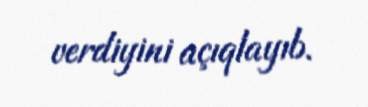
verdiyini açıqlayıb.